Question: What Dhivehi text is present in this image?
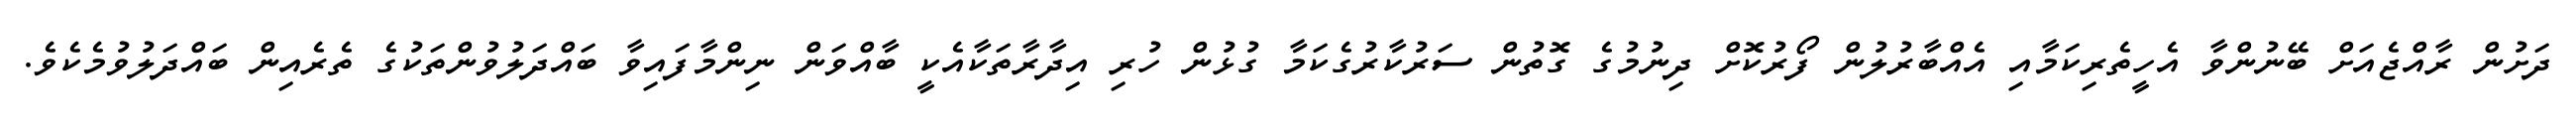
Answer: ދަށުން ރާއްޖެއަށް ބޭނުންވާ އެހީތެރިކަމާއި އެއްބާރުލުން ފޯރުކޮށް ދިނުމުގެ ގޮތުން ސަރުކާރުގެކަމާ ގުޅުން ހުރި އިދާރާތަކާއެކީ ބާއްވަން ނިންމާފައިވާ ބައްދަލުވުންތަކުގެ ތެރެއިން ބައްދަލުވުމެކެވެ.